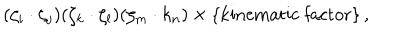
( \zeta _ { i } \cdot \zeta _ { j } ) ( \zeta _ { k } \cdot \zeta _ { l } ) ( \zeta _ { m } \cdot k _ { n } ) \times \{ \mathrm { k i n e m a t i c ~ f a c t o r } \} \, ,